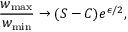
\frac { w _ { \mathrm { m a x } } } { w _ { \mathrm { m i n } } } \to ( S - C ) e ^ { \epsilon / 2 } ,